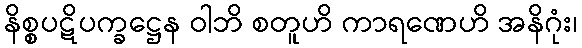
နိစ္စပဋိပက္ခဋ္ဌေန ဝါဘိ စတူဟိ ကာရဏေဟိ အနိဂုံး၊